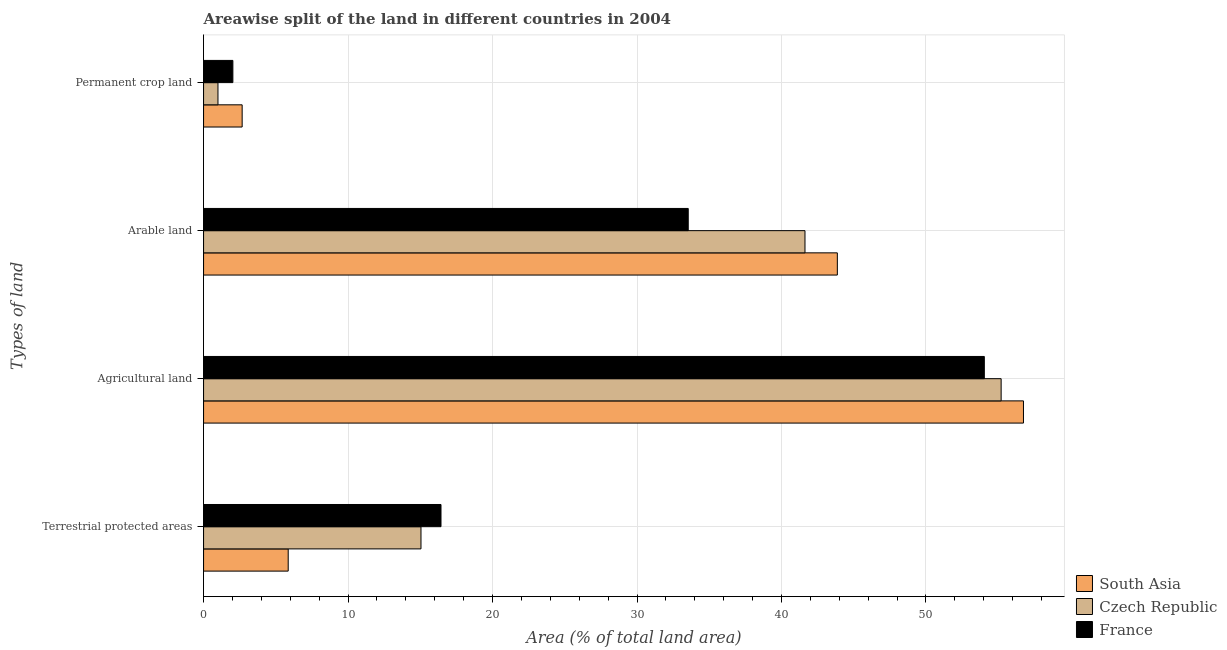
| Types of land | South Asia | Czech Republic | France |
 | --- | --- | --- | --- |
 | Terrestrial protected areas | 5.86 | 15 | 16.4 |
 | Agricultural land | 56.7 | 55.2 | 54 |
 | Arable land | 43.9 | 41.6 | 33.5 |
 | Permanent crop land | 2.67 | 0.997 | 2.03 |